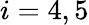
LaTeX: i=4,5